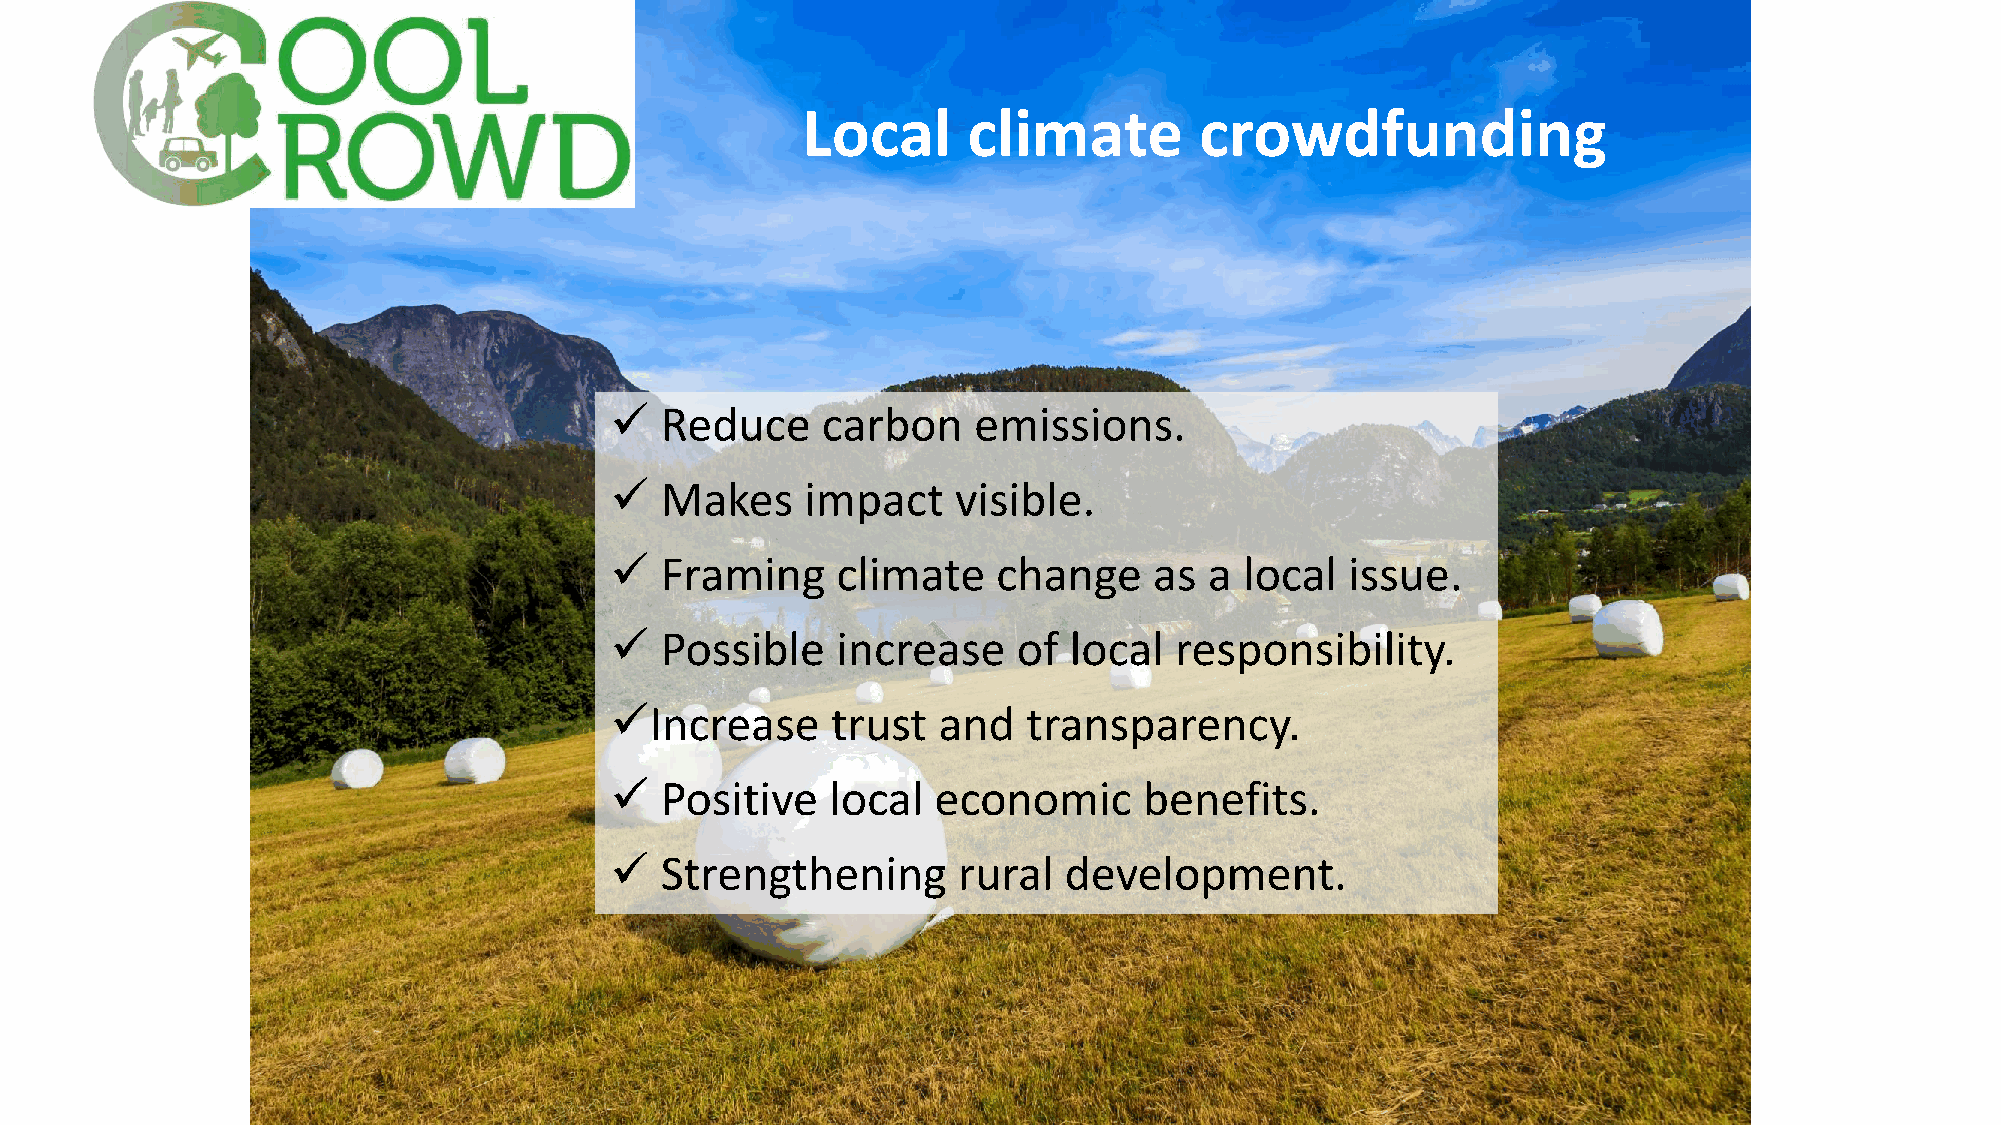
Local      climate        crowdfunding
    Reduce    carbon    emissions.
    Makes    impact    visible.
    Framing    climate    change    as  a local  issue.
    Possible   increase    of  local  responsibility.
 Increase      trust  and   transparency.
    Positive   local  economic      benefits.
    Strengthening      rural  development.